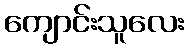
ကျောင်းသူလေး